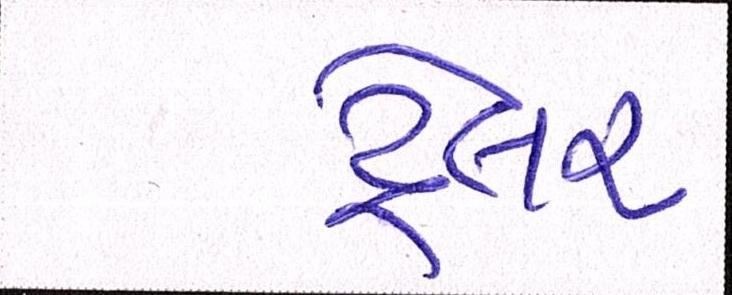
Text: ટ્રેલર